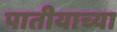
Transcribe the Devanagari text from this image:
पातीयाच्या